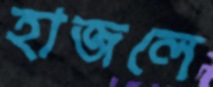
হাজলে